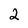
Character: 2